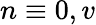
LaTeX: n\equiv 0,v